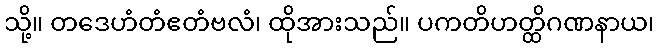
သို့။ တဒေဟံတံဧတံဗလံ၊ ထိုအားသည်။ ပကတိဟတ္ထိဂဏနာယ၊